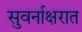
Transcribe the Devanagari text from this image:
सुवर्नाक्षरात